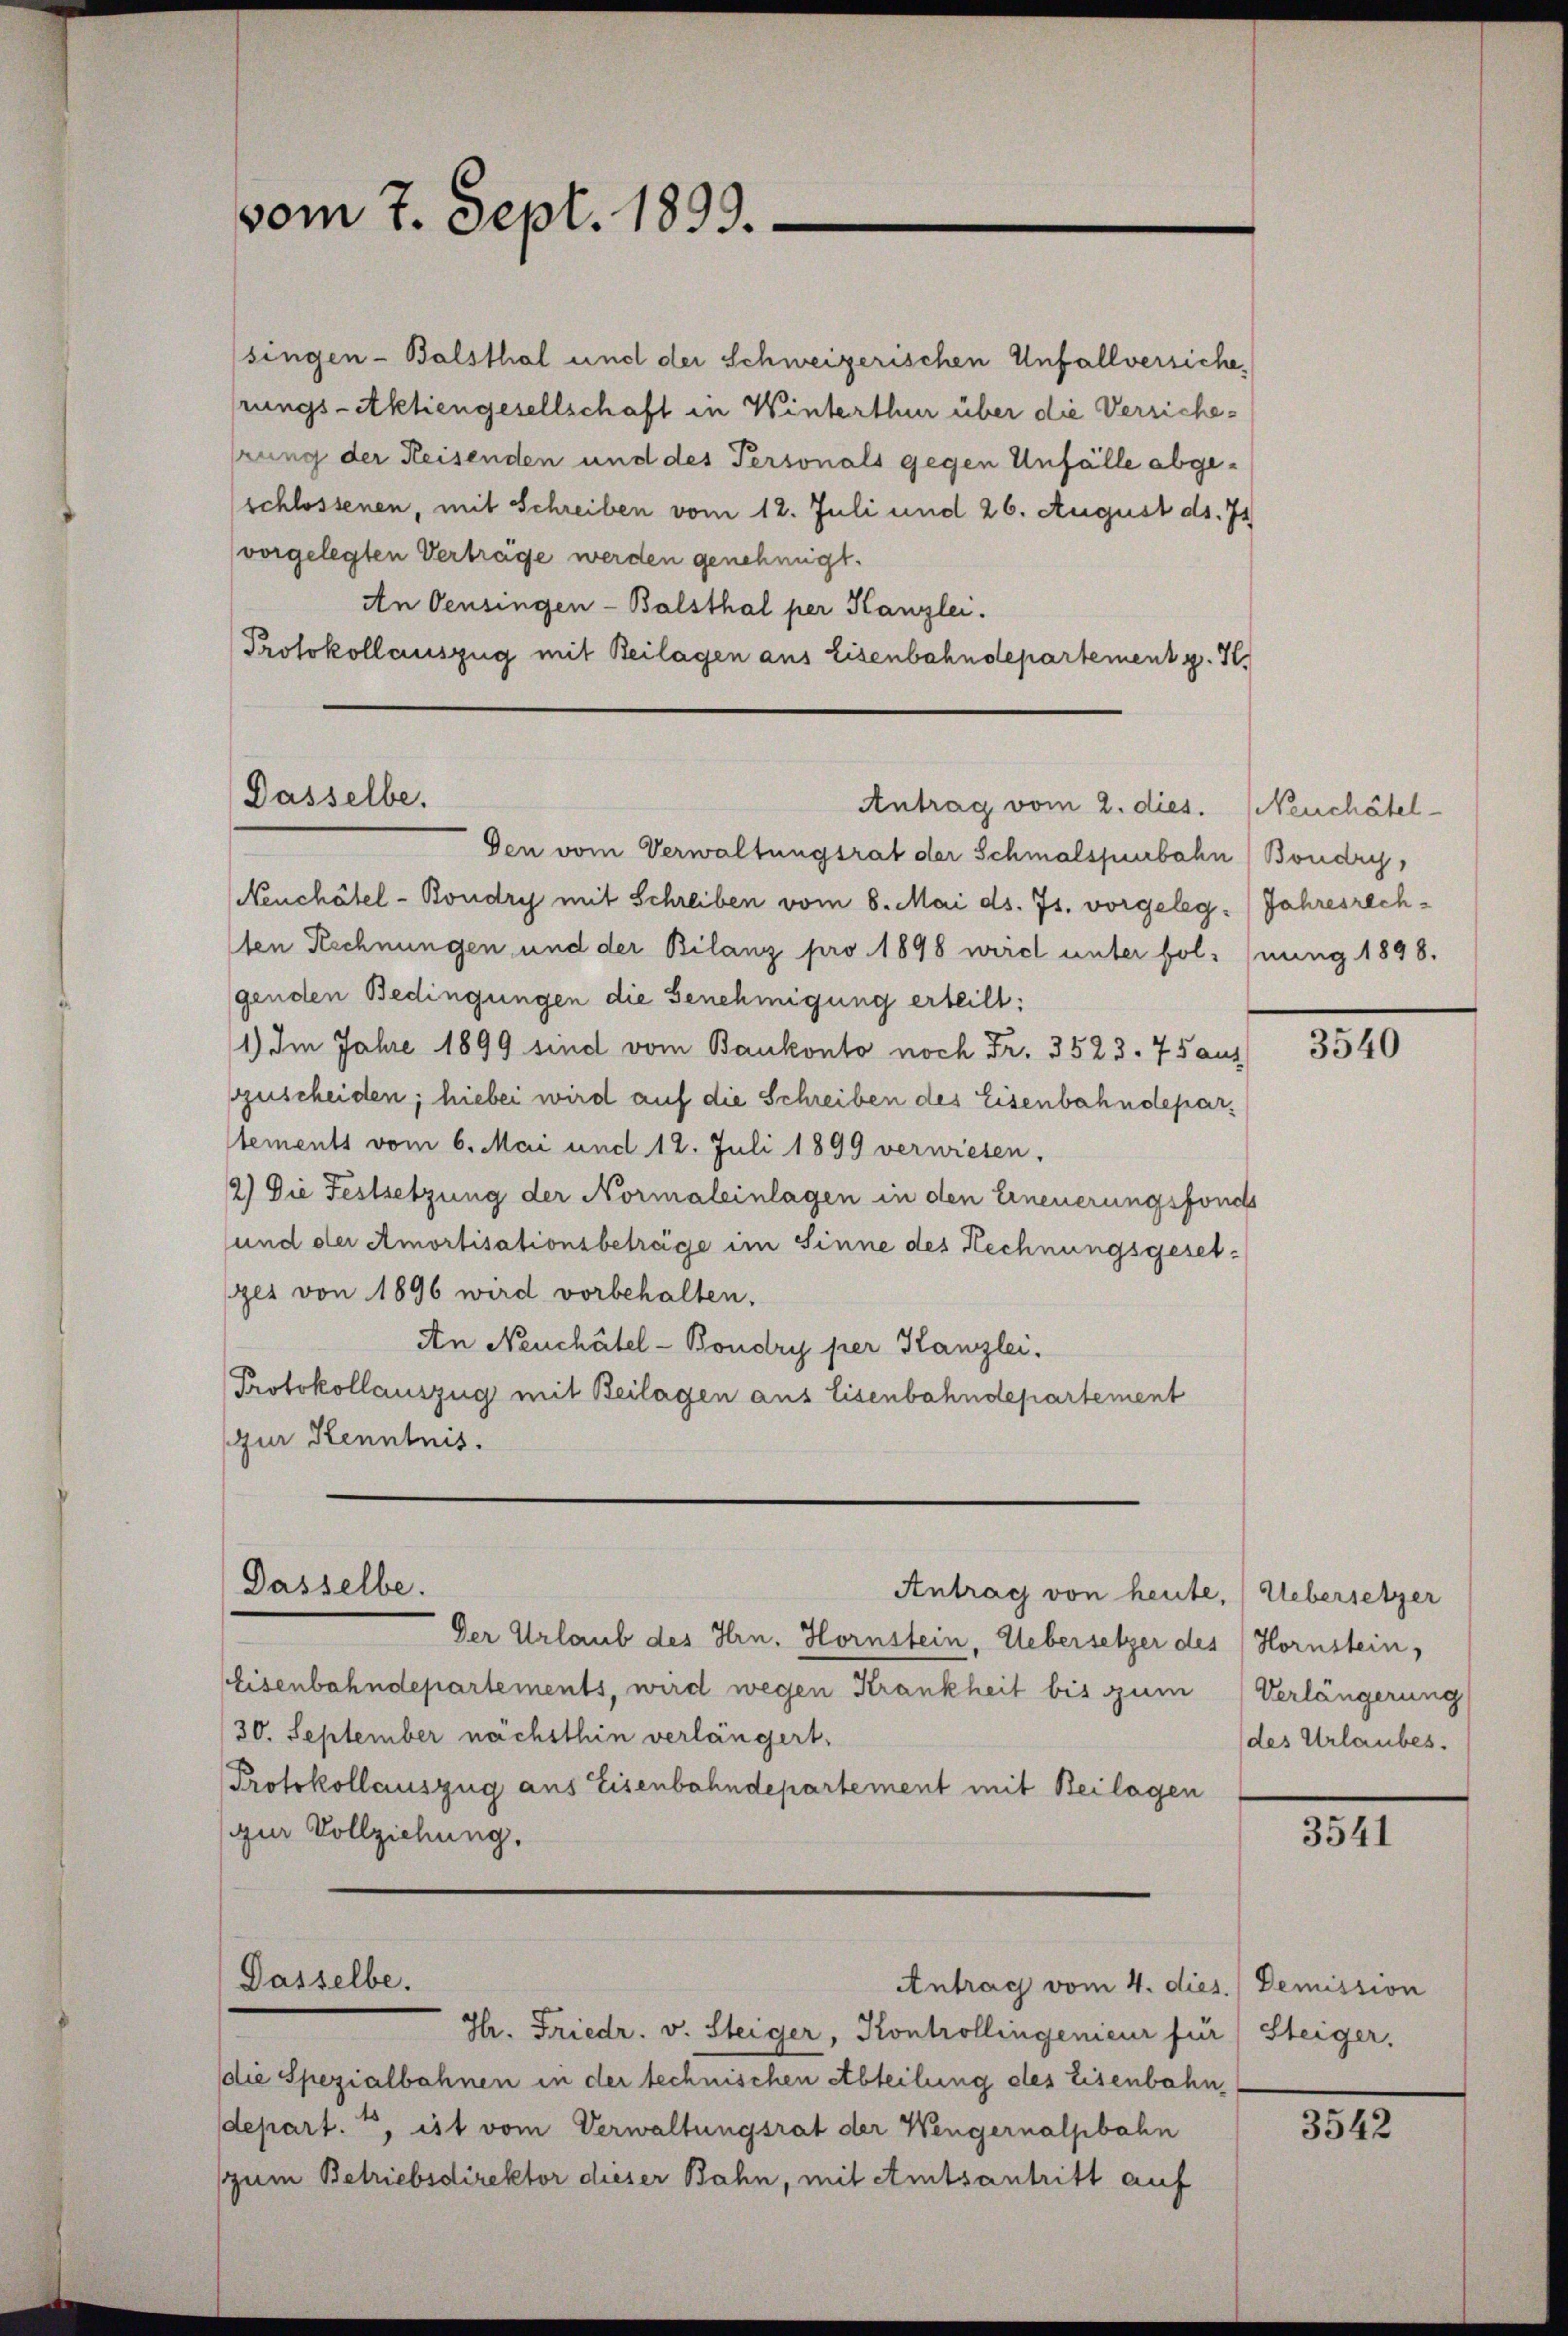
vom 7. Sept. 1893.

singen - Balsthal und der Schweizerischen Unfallversiche,
rungs-Aktiengesellschaft in Winterthur über die Versichehrung der Reisenden und des Personals gegen Unfälle abgeschlossenen, mit Schreiben vom 12. Juli und 26. August ds. 71
vorgelegten Verträge werden genehmigt.
An Oensingen - Balsthal per Kanzlei.
Protokollauszug mit Beilagen aus Eisenbahndepartement p. I.

Dasselbe.

Den vom Verwaltungsrat der Schmalspurbahn (Boudry,
Neuchâtel- Boudry mit Schreiben vom 8. Mai ds. Js. vorgeleg-Jahresrechlten Rechnungen und der Bilanz pro 1898 wird unter fol, (nung 1898.
genden Bedingungen die Genehmigung erteilt:
1) Im Jahre 1899 sind vom Bankonto noch Fr. 3523. 75 aus
guscheiden; hiebei wird auf die Schreiben des Eisenbahndepartements vom 6. Mai und 12. Juli 1899 verwiesen.
2) Die Festsetzung der Normaleinlagen in den Erneuerungsfonds
und der Amortisationsbeträge im Sinne des Rechnungsgesetges von 1896 wird vorbehalten.
An Neuchâtel-Bondry per Kanzlei,
Protokollauszug mit Beilagen aus Eisenbahndepartement
gur Kenntnis.

Antrag vom 2. dies. Neuchâtel-

Dasselbe.
Antrag von heute, Uebersetzer

Der Urlaub des Hrn. Hornstein, Uebersetzer des Hornstein,
Eisenbahndepartements, wird wegen Krankheit bis zum Verlängerung
/30. September nachsthin verlängert.
Protokollauszug aus Eisenbahndepartement mit Beilagen
ur Vollziehung.

Dasselbe.

Antrag vom 4. dies. Demission

Hr. Friedr. v. Steiger, Kontrollingenieur für Steiger.
die Spezialbahnen in der technischen Abteilung des Eisenbahn,
depart. 7, ist vom Verwaltungsrat der Wengernalpbahn
zum Betriebsdirektor dieser Bahn, mit Amtsantritt auf

3540

des Urlaubes.

3541

3542